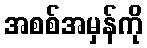
အစစ်အမှန်ကို